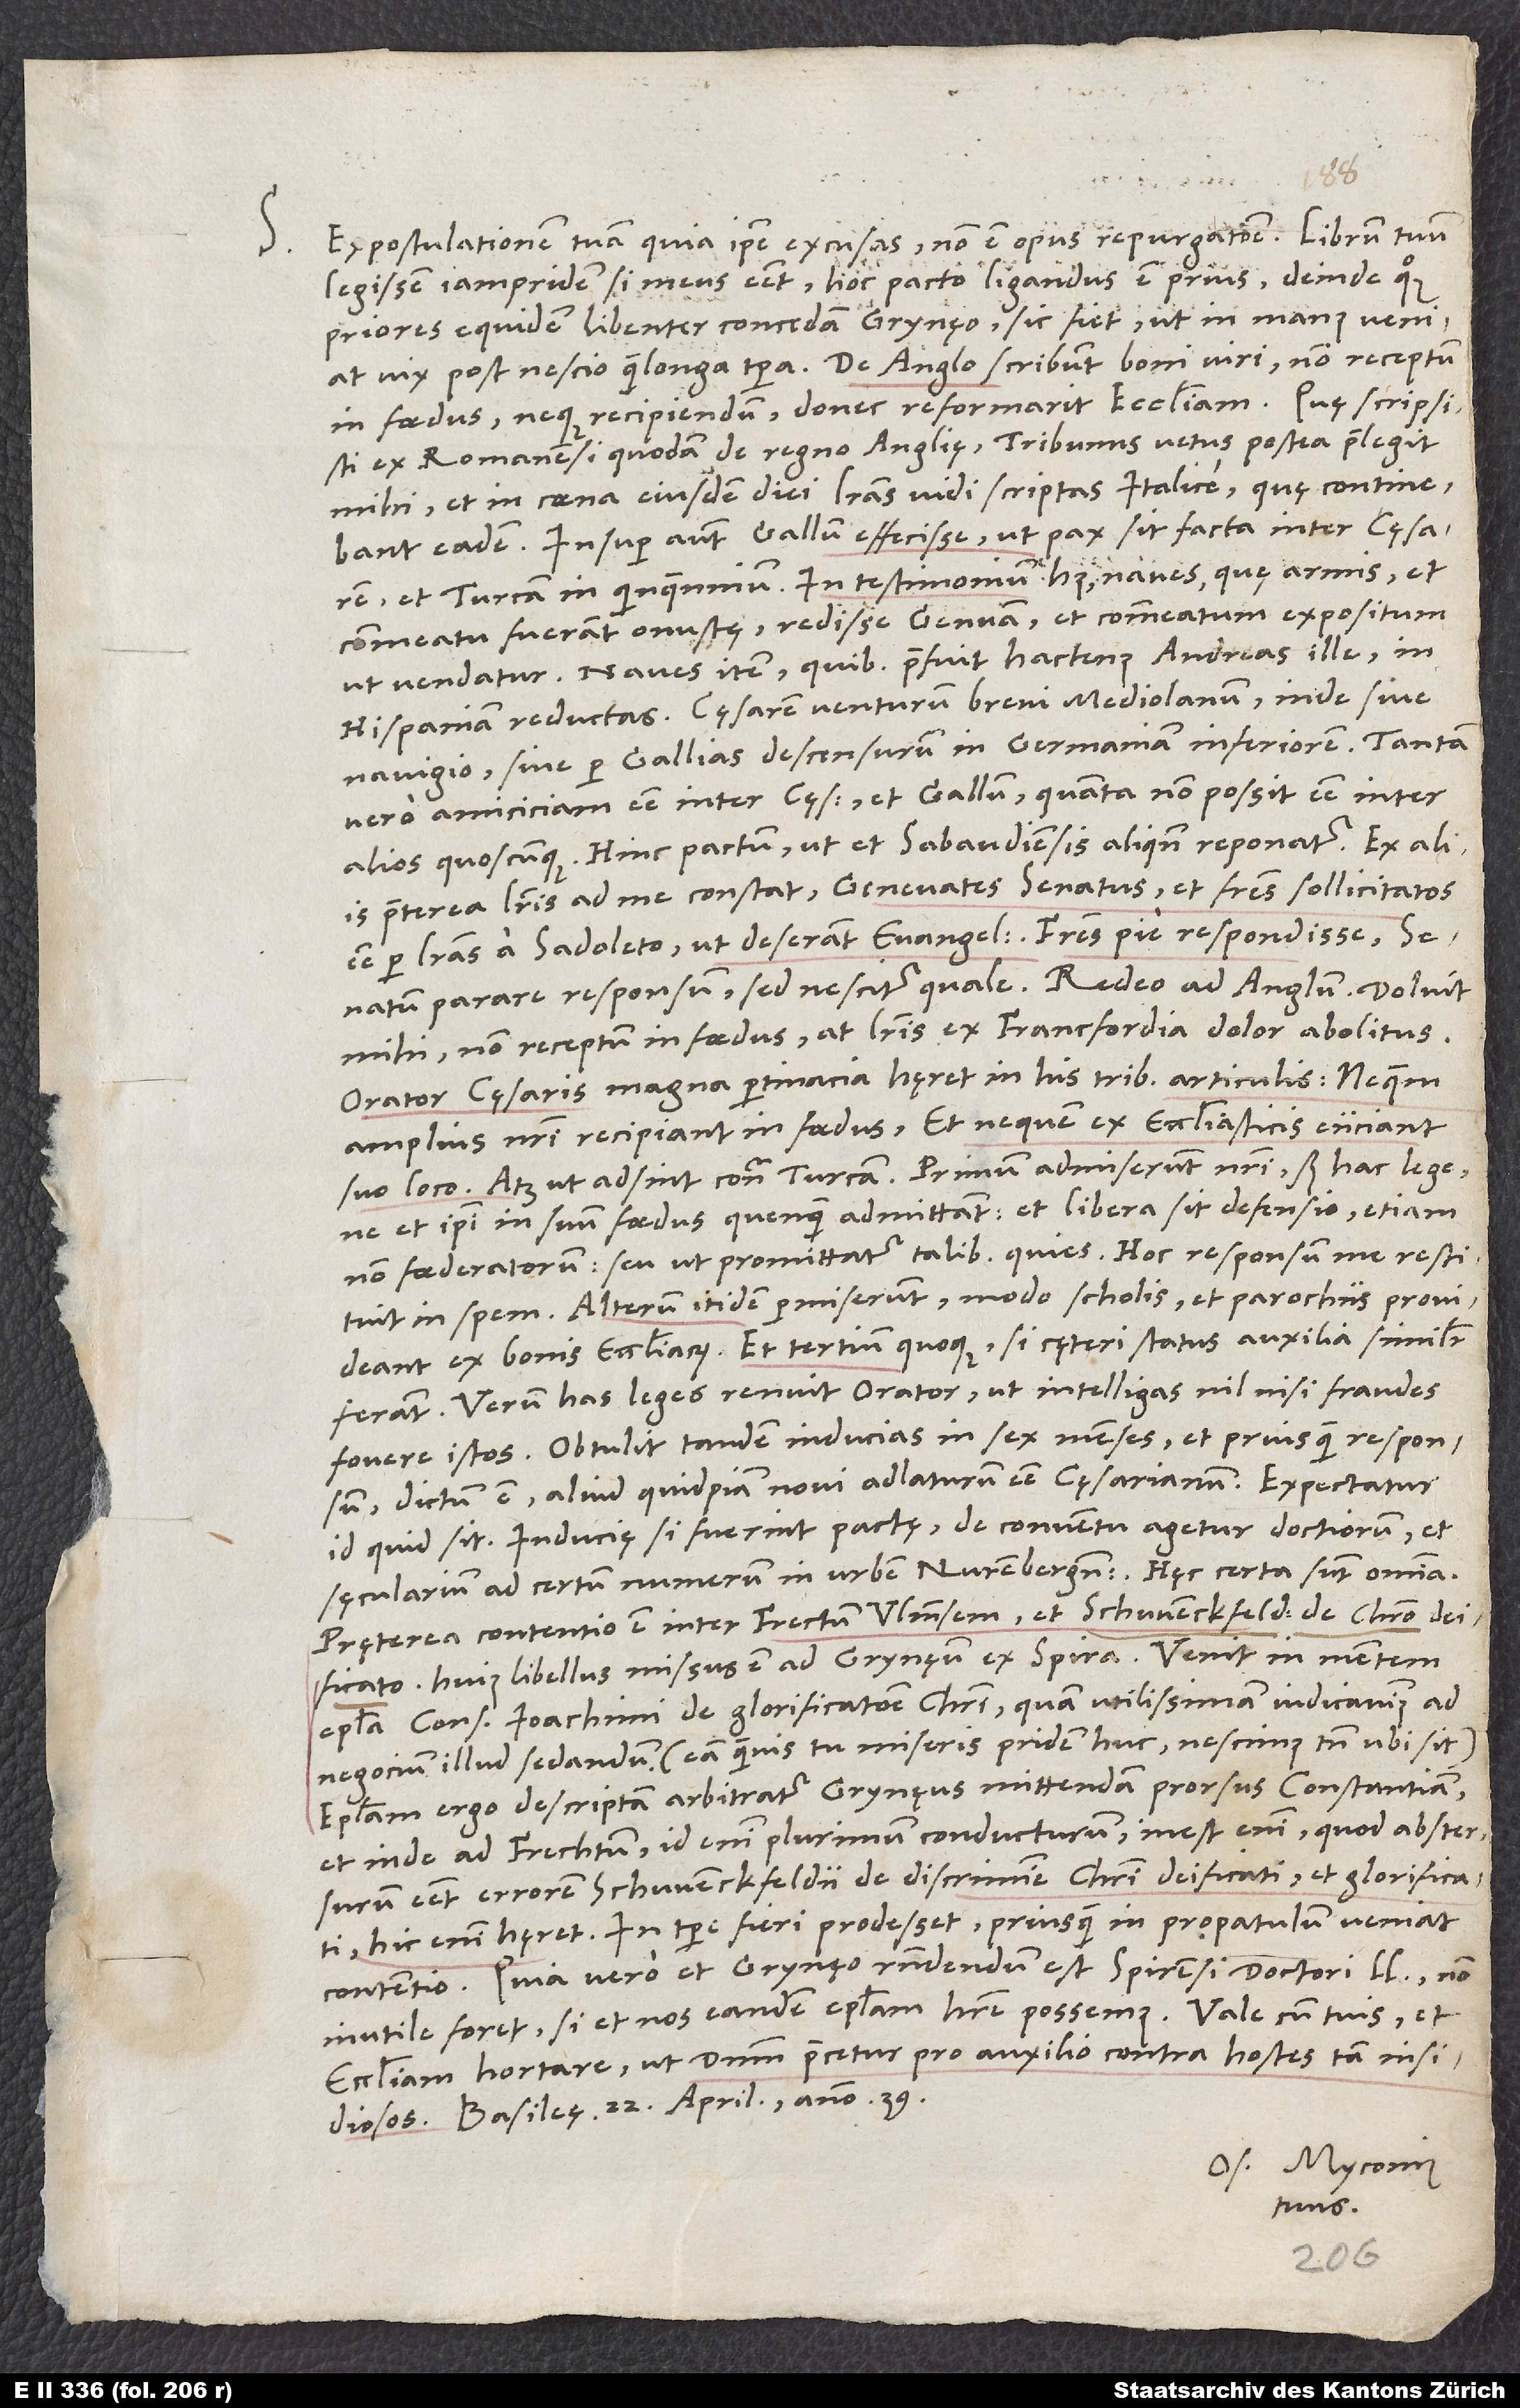
S.

Expostulationem tuam quia ipse excusas, non est opus repurgatione. Librum tuum
legissem iampridem, si meus esset; hoc pacto ligandus est prius, deinde quoque
priores equidem libenter concedam Grynęo; sic fiet, ut in manus veniat
in foedus neque recipiendum, donec reformarit ecclesiam. Quę scripsisti
ex Romanensi quodam de regno Anglię, tribunus vetus postea praelegit
mihi, et in coena eiusdem diei literas vidi scriptas Italice, quę continebant
eadem, insuper autem Gallum effecisse, ut pax sit facta inter cęsarem
et Turcam in quinquennium. In testimonium huius naves, quę armis et
commeatu fuerant onustę, redisse Genuam et commeatum expositum,
ut vendatur; naves item, quibus praefuit hactenus Andreas ille, in
Hispaniam reductas. Cęsarem venturum brevi Mediolanum, inde sive
navigio sive per Gallias descensurum in Germaniam Inferiorem. Tantam
vero amiciciam esse inter cęsarem et Gallum, quanta non possit esse inter
alios quoscunque. Hinc pactum, ut et Sabaudiensis aliquando reponatur.
praeterea literis ad me constat Genevates senatus et fratres sollicitatos
esse per literas a Sadoleto, ut deserant evangelium; fratres pie respondisse, senatum
mihi non receptum in foedus, at literis ex Francfordia dolor abolitus.
Orator cęsaris magna pertinacia hęret in his tribus articulis: ne quem
amplius nostri recipiant in foedus et ne quem ex ecclesiasticis eiiciant
suo loco atque ut adsint contra Turcam. Primum admiserunt nostri, sed hac lege,
ne et ipsi in suum foedus quendam admittant et libera sit defensio etiam
non foederatorum seu ut promittatur talibus quies. Hoc responsum me restituit
in spem. Alterum itidem permiserunt, modo scholis et parochiis provideant
ex bonis ecclesiarum, et tertium quoque, si cęteri status auxilia similiter
ferant. Verum has leges renuit orator, ut intelligas nil nisi fraudes
fovere istos. Obtulit tandem inducias in sex menses, et priusquam responsum,
dictum est aliud quidpiam novi adlaturum esse cęsarianum. Expectatur
id, quid sit. Inducię si fuerint pactę, de conventu agetur doctiorum et
Pręterea contentio est inter Frechtum Ulmensem et Schwenckfeld de Christo deificato;
huius libellus missus est ad Grynęum ex Spira. Venit in mentem
epistola consulis Ioachimi de glorificatione Christi, quam utilissimam iudicavimus ad
negocium illud sedandum (eam quamvis tu miseris pridem huc, nescimus tamen, ubi sit).
Epistolam ergo descriptam arbitratur Grynęus mittendam prorsus Constantiam
et inde ad Frechtum; id enim plurimum conducturum. Inest enim, quod abstersurum
esset errorem Schwenckfeldii de discrimine Christi deificati et glorificati;
contentio. Quia vero et Grynęo respondendum est Spirensi doctori legum, non
inutile foret, si et nos eandem epistolam habere possemus.
ecclesiam hortare, ut dominum precetur pro auxilio contra hostes tam insidiosos.
Basileę, 22. aprilis anno 39.
Os. Myconius
tuus.